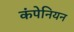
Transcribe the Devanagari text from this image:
कंपेनियन